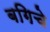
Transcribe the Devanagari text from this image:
बगिचे